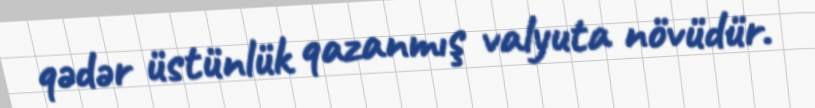
qədər üstünlük qazanmış valyuta növüdür.